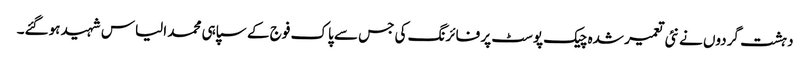
دہشت گردوں نے نئی تعمیر شدہ چیک پوسٹ پر فائرنگ کی جس سے پاک فوج کے سپاہی محمد الیاس شہید ہوگئے۔